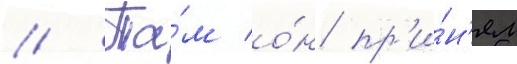
// Та́м о́н пр'и́н'ял